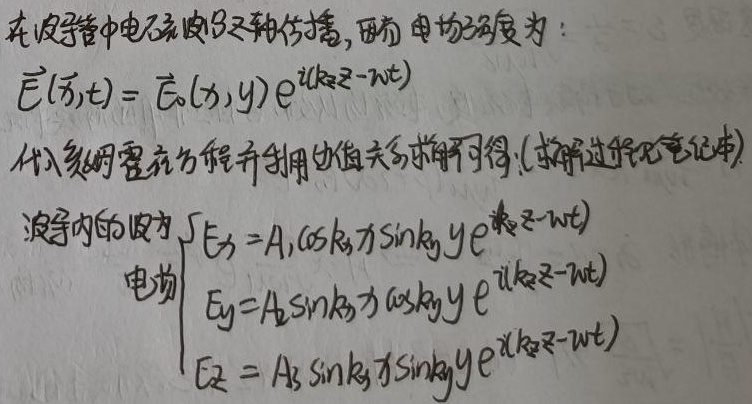
在波导管中电磁波沿z轴传播，磁场电场强度为：
\[\vec{E}(\vec{r},t) = \vec{E}_0(x,y)e^{i(k_zz - \omega t)}\]
代入麦克斯韦方程并利用边值关系求解可得：(求解过程见笔记本)波导内的电场
\[\begin{cases}
E_x = A_1\cos k_xx\sin k_yy e^{i(k_zz - \omega t)}\\
E_y = A_2\sin k_xx\cos k_yy e^{i(k_zz - \omega t)}\\
E_z = A_3\sin k_xx\sin k_yy e^{i(k_zz - \omega t)}
\end{cases}\]